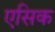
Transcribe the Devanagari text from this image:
एसिक